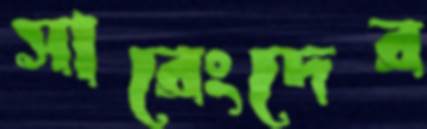
সারেংদের